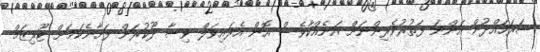
ސަރަހައްދުން އަންނަ ފަތުރުވެރިންނަށް އަނެއްކާވެސް އޮން އެރައިވަލް ވިސާ ދޫކުރަން ފަށާނެކަމަށް ޓޫރިޒަމް